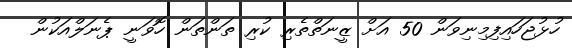
ހުޅުޖަހައިފިމިނިވަން 50 އަށް ޒީނަތްތެރި ކުރި ތަންތަން ހޮވަނީ ޕެނަލްއަކުން